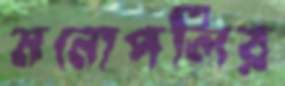
মনোপলির